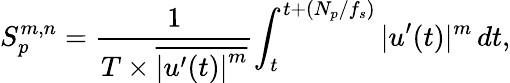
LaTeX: S_{p}^{m,n}=\frac{1}{T\times\overline{{{\vert u^{\prime}(t)\vert}^{m}}}}{\int_{t}^{t+(N_{p}/f_{s})}|u^{\prime}(t)|^{m}\, dt},